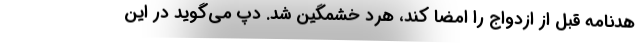
هدنامه قبل از ازدواج را امضا کند، هرد خشمگین شد. دپ می‌گوید در این